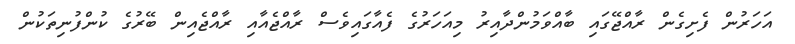
އަހަރުން ފެށިގެން ރާއްޖޭގައި ބާއްވަމުންދާއިރު މިއަހަރުގެ ފެއާގައިވެސް ރާއްޖެއާއި ރާއްޖެއިން ބޭރުގެ ކުންފުނިތަކުން